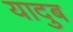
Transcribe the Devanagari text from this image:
यादुब